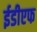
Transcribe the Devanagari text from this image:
ईडीएफ